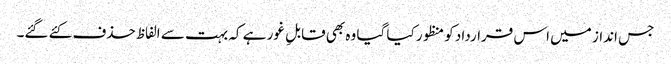
جس انداز میں اس قرارداد کو منظور کیا گیا وہ بھی قابلِ غور ہے کہ بہت سے الفاظ حذف کئے گئے۔